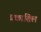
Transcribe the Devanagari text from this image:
प्रकाशिल